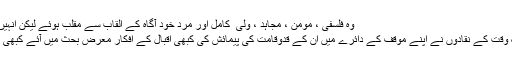
وہ فلسفی ، مومن ، مجاہد ، ولی ِ كامل اور مردِ خود آگاہ كے القاب سے مقلب ہوئے لیكن انہیں شاعر كسی نے نہیں مانا ٬٬
اس طرح اقبال كو الگ تھلگ وقت كے نقادوں نے اپنے موقف كے دائرے میں ان كے قدوقامت كی پیمائش كی كبھی اقبال كے افكار معرضِ بحث میں آئے كبھی ان كی شاعری اور ان كا فن ۔